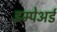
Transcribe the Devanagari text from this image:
इम्पेअर्ड